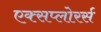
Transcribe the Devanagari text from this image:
एक्सप्लोरर्स